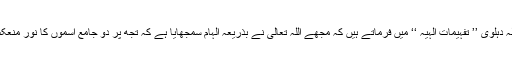
امام ولی اللہ دہلویؒ ’’ تفہیمات الٰہیہ ‘‘ میں فرماتے ہیں کہ مجھے اللہ تعالی نے بذریعہ الہام سمجھایا ہے کہ تجھ پر دو جامع اسموں کا نور منعکس ہوا ہے۔